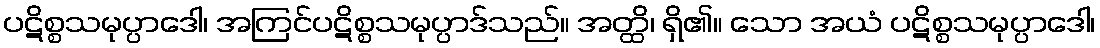
ပဋိစ္စသမုပ္ပာဒေါ၊ အကြင်ပဋိစ္စသမုပ္ပာဒ်သည်။ အတ္ထိ၊ ရှိ၏။ သော အယံ ပဋိစ္စသမုပ္ပာဒေါ၊